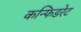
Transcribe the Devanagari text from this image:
कन्फिडरेट